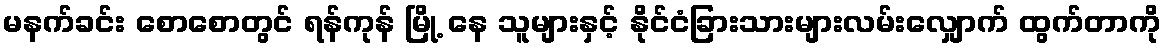
မနက်ခင်း စောစောတွင် ရန်ကုန် မြို့ နေ သူများနှင့် နိုင်ငံခြားသားများလမ်းလျှောက် ထွက်တာကို